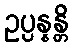
ဥပ္ပန္နန္တိ